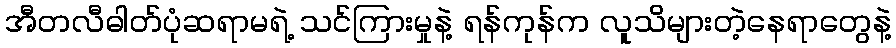
အီတလီဓါတ်ပုံဆရာမရဲ့ သင်ကြားမှုနဲ့ ရန်ကုန်က လူသိများတဲ့နေရာတွေနဲ့